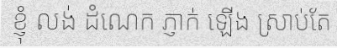
ខ្ញុំ លង់ ដំណេក ភ្ញាក់ ឡើង ស្រាប់តែ